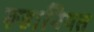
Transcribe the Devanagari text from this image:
रूहानियत